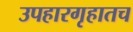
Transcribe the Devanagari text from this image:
उपहारगृहातच